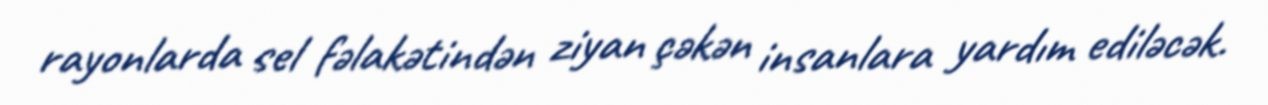
rayonlarda sel fəlakətindən ziyan çəkən insanlara yardım ediləcək.